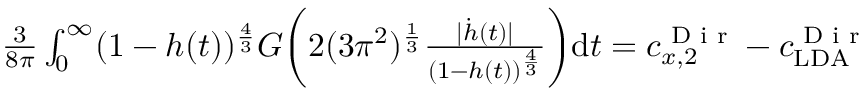
\begin{array} { r } { \frac { 3 } { 8 \pi } \int _ { 0 } ^ { \infty } ( 1 - h ( t ) ) ^ { \frac { 4 } { 3 } } G \biggr ( 2 ( 3 \pi ^ { 2 } ) ^ { \frac { 1 } { 3 } } \frac { | \dot { h } ( t ) | } { ( 1 - h ( t ) ) ^ { \frac { 4 } { 3 } } } \biggr ) \mathrm { d } t = c _ { x , 2 } ^ { \textnormal { D i r } } - c _ { \mathrm { L D A } } ^ { \textnormal { D i r } } } \end{array}